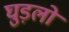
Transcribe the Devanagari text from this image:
घुड़लो